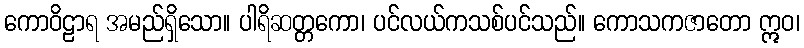
ကောဝိဠာရ အမည်ရှိသော။ ပါရိဆတ္တကော၊ ပင်လယ်ကသစ်ပင်သည်။ ကောသကဇာတော ဣဝ၊